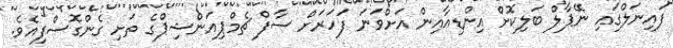
ފައިނަލްގައި ނޭޕާލް ބަލިކޮށް އިންޑިއާއިން އަށްވަނަ ފަހަރަށް ސާފް ޗެމްޕިއަންޝިޕްގެ ތަށި ގެންގޮސްފިއެވެ.